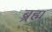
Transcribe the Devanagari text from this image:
ब्र्रह्म